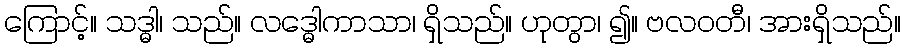
ကြောင့်။ သဒ္ဓါ၊ သည်။ လဒ္ဓေါကာသာ၊ ရှိသည်။ ဟုတွာ၊ ၍။ ဗလဝတီ၊ အားရှိသည်။